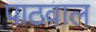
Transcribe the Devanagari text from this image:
पाठवाल